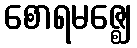
စောရမဇ္ဈေ